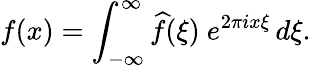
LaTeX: f(x)=\int_{-\infty}^{\infty}{\widehat{f}}(\xi)\ e^{2\pi ix\xi}\, d\xi.